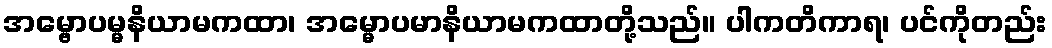
အမ္ဗောပမ္မနိယာမကထာ၊ အမ္မောပမာနိယာမကထာတို့သည်။ ပါကတိကာရ၊ ပင်ကိုတည်း